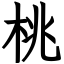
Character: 桃